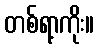
တစ်ရာ့ကိုး။